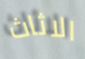
الاثاث